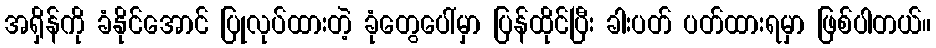
အရှိန်ကို ခံနိုင်အောင် ပြုလုပ်ထားတဲ့ ခုံတွေပေါ်မှာ ပြန်ထိုင်ပြီး ခါးပတ် ပတ်ထားရမှာ ဖြစ်ပါတယ်။